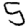
Digit: 5